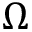
\Omega